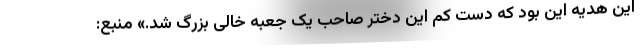
این هدیه این بود که دست کم این دختر صاحب یک جعبه خالی بزرگ شد.» منبع: